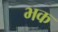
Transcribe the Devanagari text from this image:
भक